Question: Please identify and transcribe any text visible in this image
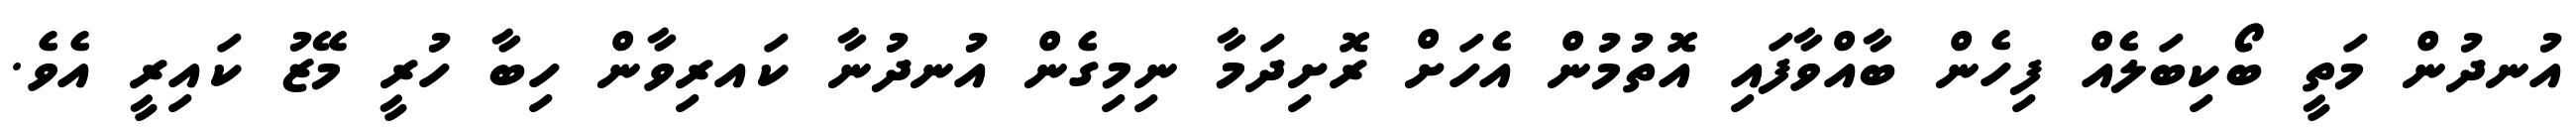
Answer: އުނދުން މަތީ ބޯކިބަލެއް ފިހެން ބާއްވާފައި އޮތުމުން އެހަށް ރޮށިދަމާ ނިމިގެން އުނދުނާ ކައރިވާން ހިބާ ހުރީ މޭޒު ކައިރީ އެވެ.